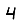
Digit: 4